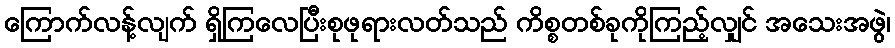
ကြောက်လန့်လျက် ရှိကြလေပြီးစုဖုရားလတ်သည် ကိစ္စတစ်ခုကိုကြည့်လျှင် အသေးအဖွဲ၊